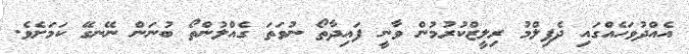
އެއްދުވަހެއްގައި ދެފިލްމު ރިލީޒްކުރުމުން ވާނީ ފައިދާތޯ ނުވަތަ ގެއްލުންތޯ ބުނަން ނޭނގޭ ކަމަށެވެ.